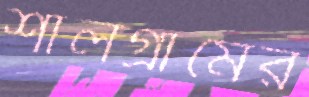
শালগ্রামের